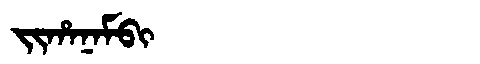
Manchu: ᠵᡳᡥᠠᠨᠠᠮᠪᡳ
Romanization: JIHANAMBI